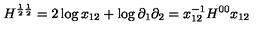
H ^ { \frac { 1 } { 2 } \frac { 1 } { 2 } } = 2 \log x _ { 1 2 } + \log \partial _ { 1 } \partial _ { 2 } = x _ { 1 2 } ^ { - 1 } H ^ { 0 0 } x _ { 1 2 }